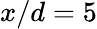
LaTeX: x/d=5